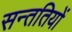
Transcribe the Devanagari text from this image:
सन्ततियों